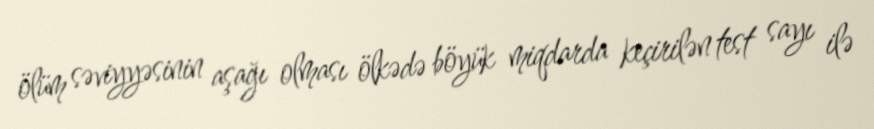
ölüm səviyyəsinin aşağı olması ölkədə böyük miqdarda keçirilən test sayı ilə